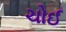
ચોઈ